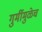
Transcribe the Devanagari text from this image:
गुर्मीमुळेच